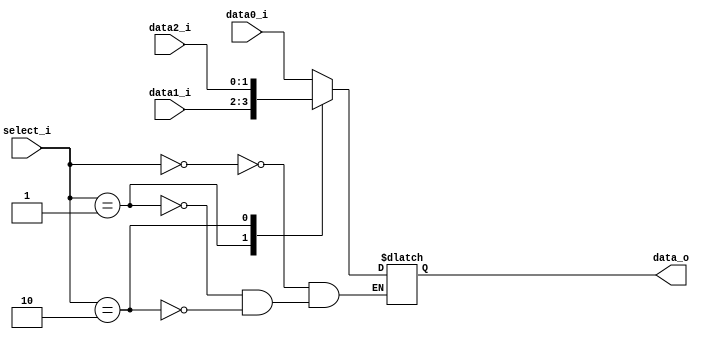
module Mux3to1( data0_i, data1_i, data2_i, select_i, data_o );

parameter size = 0;			   
			
//I/O ports               
input wire	[size-1:0] data0_i;          
input wire	[size-1:0] data1_i;
input wire	[size-1:0] data2_i;
input wire	[2-1:0] select_i;
output wire	[size-1:0] data_o; 

//Main function
/*your code here*/
reg [size-1:0] o_reg;
always@(*)
begin
  case(select_i)
    0:o_reg <= data0_i;
	1:o_reg <= data1_i;
	2:o_reg <= data2_i;
  endcase
end
assign data_o = o_reg;
endmodule